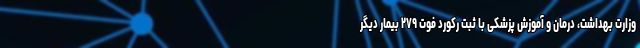
وزارت بهداشت، درمان و آموزش پزشکی با ثبت رکورد فوت ۲۷۹ بیمار دیگر